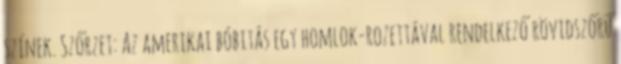
színek. Szőrzet: Az amerikai bóbitás egy homlok-rozettával rendelkező rövidszőrű